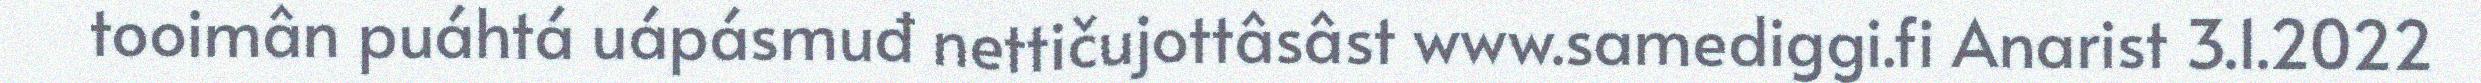
tooimân puáhtá uápásmuđ nettičujottâsâst www.samediggi.fi Anarist 3.1.2022